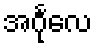
အင်္ဂုလေ